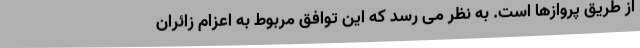
از طریق پروازها است. به نظر می رسد که این توافق مربوط به اعزام زائران